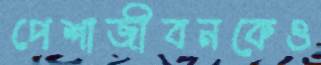
পেশাজীবনকেও